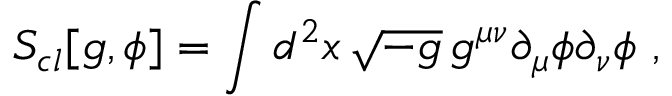
S _ { c l } [ g , \phi ] = \int d ^ { 2 } x \, \sqrt { - g } \, g ^ { \mu \nu } \partial _ { \mu } \phi \partial _ { \nu } \phi \ ,